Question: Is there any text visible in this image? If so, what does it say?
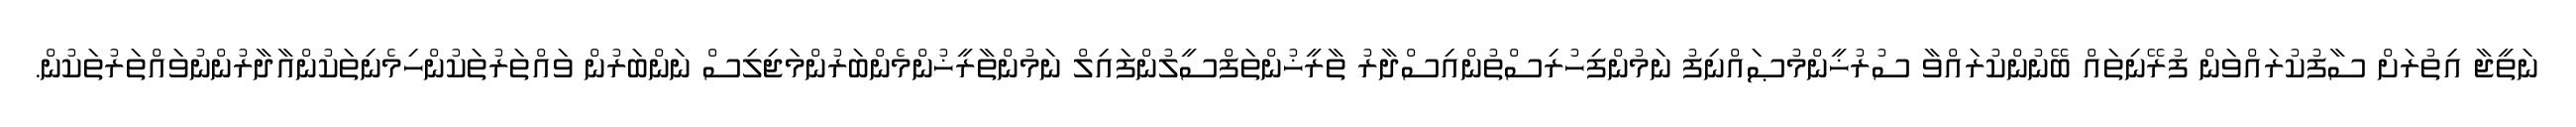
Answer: ނަތީޖާ އިތުރަށް ސާފުކުރައްވަން ފުރޭނިތައް ބޭނުންކުރައްވާ ސުރުޚީންމުޞައްނިފު ނަމުންފިހުރިސްތުންއިސްދާރު ތާރީޚުންތަފްސީލުންފައިލް ނަމުންތާރީޚުންމެންބަރުންމަޖިލިސް ނަންބަރުން ވައްތަރުތަކުންހިމެނިތަކުންއާދާރުންނުވައްތަރުތަކުން.